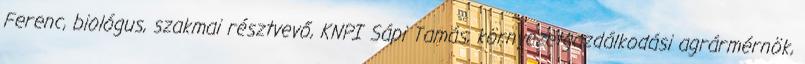
Ferenc, biológus, szakmai résztvevő, KNPI Sápi Tamás, környezetgazdálkodási agrármérnök,